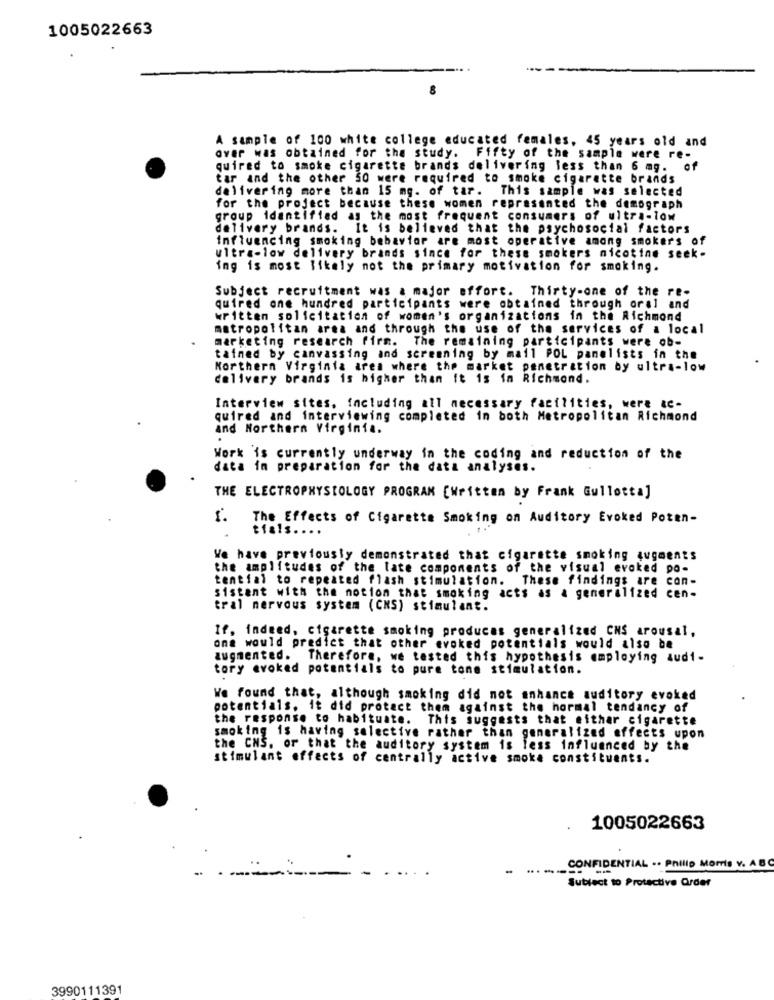
1005022663
A sample of 100 white college educated females, 45 years old and
over was obtained for the study. Fifty of the sample were re-
quired to smoke cigarette brands delivering less than 6 mg. of
tar and the other 50 were required to smoke cigarette brands
delivering more than 15 mg. of tar. This sample was selected
for the project because these women represented the demograph
group identified as the most frequent consumers of ultra-low
delivery brands. It is believed that the psychosocial factors
influencing smoking behavior are most operative among smokers of
ultra-low delivery brands since for these smokers nicotine seek-
ing is most likely not the primary motivation for smoking.
Subject recruitment was a major effort. Thirty-one of the re-
quired one hundred participants were obtained through oral and
written solicitation of women's organizations in the Richmond
metropolitan area and through the use of the services of a local
marketing research firm. The remaining participants were ob-
tained by canvassing and screening by mail POL panelists in the
Northern Virginia area where the market penetration by ultra-low
delivery brands is higher than it is in Richmond.
Interview sites, including all necessary facilities, were &c.
quired and interviewing completed in both Metropolitan Richmond
and Northern Virginia.
Work is currently underway in the coding and reduction of the
data in preparation for the data analyses.
THE ELECTROPHYSIOLOGY PROGRAM [Written by Frank Gullotta]
1. The Effects of Cigarette Smoking on Auditory Evoked Poten-
tfals ....
We have previously demonstrated that cigarette smoking augments
the amplitudes of the late components of the visual evoked po-
tential to repeated flash stimulation. These findings are con-
sistent with the notion that smoking acts as a generalized cen-
tral nervous system (CMS) stimulant.
If. indeed, cigarette smoking produces generalized CHS arousal,
one would predict that other evoked potentials would also be
augmented. Therefore, we tested this hypothesis employing audi-
tory evoked potentials to pure tone stimulation.
We found that, although smoking did not enhance auditory evoked
potentials. it did protect them against the hormal tendancy of
the response to habituate. This suggests that either cigarette
smoking is having selective rather than generalized effects upon
the CNS, or that the auditory system is less influenced by the
stimulant effects of centrally active smoke constituents.
1005022663
----
CONFIDENTIAL .. Philip Morris v. A.B
Subject to Protective Order
3990111391